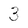
Character: 3